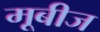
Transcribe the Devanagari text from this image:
मूबीज